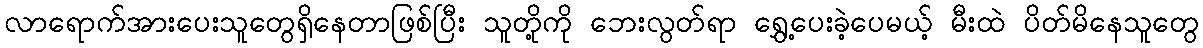
လာရောက်အားပေးသူတွေရှိနေတာဖြစ်ပြီး သူတို့ကို ဘေးလွတ်ရာ ရွှေ့ပေးခဲ့ပေမယ့် မီးထဲ ပိတ်မိနေသူတွေ